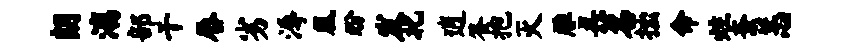
朗漓部干唇劣溽凰盼发北逍答抱灭雕丑茗拙命炷紊恙